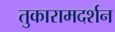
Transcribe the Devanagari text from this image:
तुकारामदर्शन